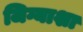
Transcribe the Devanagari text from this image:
जिग्याशा